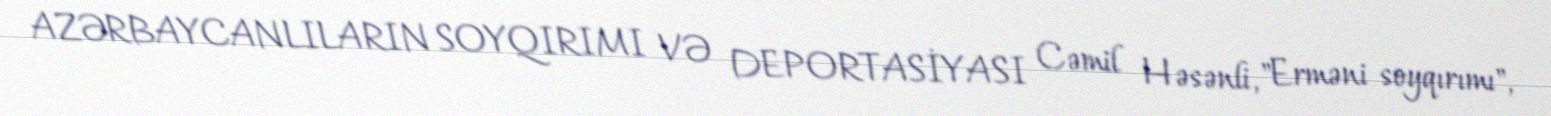
AZƏRBAYCANLILARIN SOYQIRIMI VƏ DEPORTASİYASI Cəmil Həsənli, "Erməni soyqırımı",